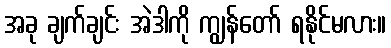
အခု ချက်ချင်း အဲဒါကို ကျွန်တော် ရနိုင်မလား။